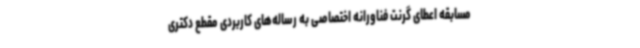
مسابقه اعطای گرنت فناورانه اختصاصی به رساله‌های کاربردی مقطع دکتری